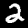
Digit: 2